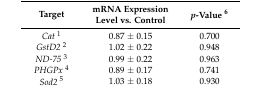
| Target | mRNA Expression Level vs. Control | p-Value 6 |
 | --- | --- | --- |
 | Cat1 | 0.87 ± 0.15 | 0.700 |
 | GstD22 | 1.02 ± 0.22 | 0.948 |
 | ND-753 | 0.99 ± 0.22 | 0.963 |
 | PHGPx4 | 0.89 ± 0.17 | 0.741 |
 | Sod25 | 1.03 ± 0.18 | 0.930 |